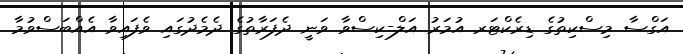
އަގްސާ މިސްކިތުގެ ޑިރެކްޓަރ އުމަރު އަލް-ކިސްވާ ވަނީ ދެފަރާތުގެ ދެމެދުގައި ވެފައިވާ އެއްބަސްވުމާ